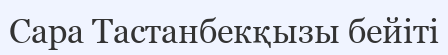
Сара Тастанбекқызы бейіті